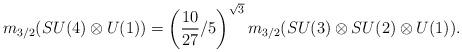
LaTeX: \begin{align*}m_{3/2}(SU(4)\otimes U(1))= \left(\frac{10}{27} /5\right)^{\sqrt 3} m_{3/2}(SU(3)\otimes SU(2)\otimes U(1)).\end{align*}